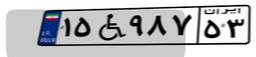
۱۵W۹۸۷۵۳